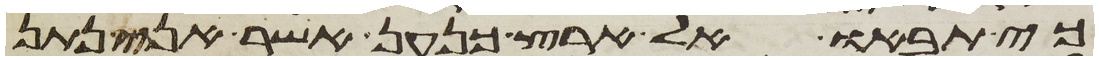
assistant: כי תבאו אל ארץ כנען אשר אני נתן